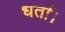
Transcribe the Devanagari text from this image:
धर्ता।